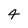
Character: 4